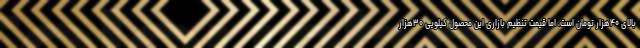
بالای ۴۰هزار تومان است، اما قیمت تنظیم بازاری این محصول کیلویی ۳۰هزار